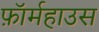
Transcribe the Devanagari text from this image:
फ़ॉर्महाउस